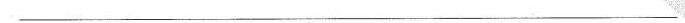
___